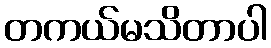
တကယ်မသိတာပါ